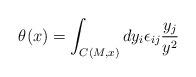
LaTeX: \begin{align*}\theta(x)=\int_{C(M,x)} dy_i \epsilon_{ij}\frac{y_j}{y^2}\end{align*}